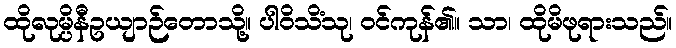
ထိုလုမ္ပိနီဥယျာဉ်တောသို့။ ပါဝိသိံသု၊ ဝင်ကုန်၏။ သာ၊ ထိုမိဖုရားသည်။